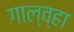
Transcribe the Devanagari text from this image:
गाल्व्हा